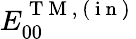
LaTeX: E_{00}^{\mathrm{~T~M~,~(~i~n~)~}}